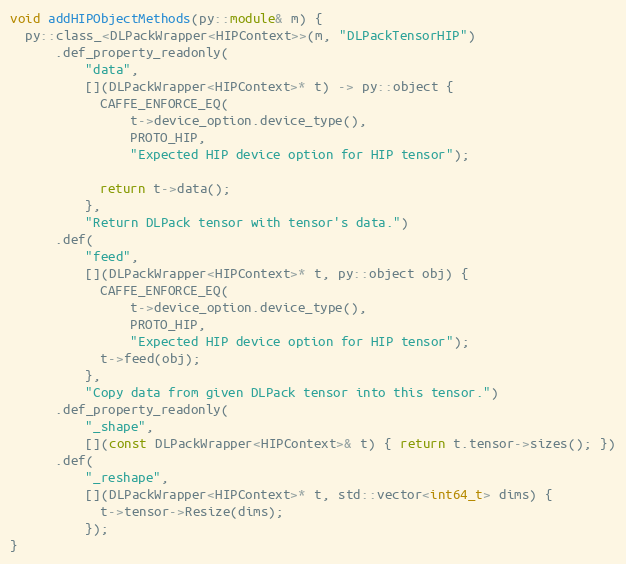
Language: C++
void addHIPObjectMethods(py::module& m) {
  py::class_<DLPackWrapper<HIPContext>>(m, "DLPackTensorHIP")
      .def_property_readonly(
          "data",
          [](DLPackWrapper<HIPContext>* t) -> py::object {
            CAFFE_ENFORCE_EQ(
                t->device_option.device_type(),
                PROTO_HIP,
                "Expected HIP device option for HIP tensor");

            return t->data();
          },
          "Return DLPack tensor with tensor's data.")
      .def(
          "feed",
          [](DLPackWrapper<HIPContext>* t, py::object obj) {
            CAFFE_ENFORCE_EQ(
                t->device_option.device_type(),
                PROTO_HIP,
                "Expected HIP device option for HIP tensor");
            t->feed(obj);
          },
          "Copy data from given DLPack tensor into this tensor.")
      .def_property_readonly(
          "_shape",
          [](const DLPackWrapper<HIPContext>& t) { return t.tensor->sizes(); })
      .def(
          "_reshape",
          [](DLPackWrapper<HIPContext>* t, std::vector<int64_t> dims) {
            t->tensor->Resize(dims);
          });
}